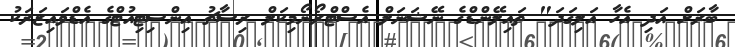
ބާރަށް އަދި އެހާ އަލިގަދަ" ތައިލޭންޑްގެ ނޭޝަނަލް އެސްޓްރޯނޯމިކަލް ރިސާޗު އިންސިޓިއުޓްގެ އެޑްވައިޒަރަކު